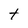
Character: t